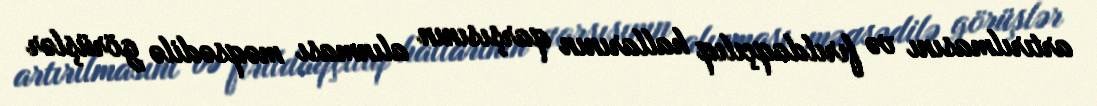
artırılmasını və fırıldaqçılıq hallarının qarşısının alınması məqsədilə görüşlər